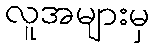
လူအများမှ